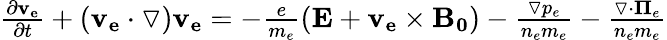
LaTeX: \begin{array}{r}{\frac{\partial\mathbf{v_{e}}}{\partial t}+(\mathbf{v_{e}}\cdot\triangledown)\mathbf{v_{e}}=-\frac{e}{m_{e}}(\mathbf{E}+\mathbf{v_{e}}\times\mathbf{B_{0}})-\frac{\triangledown p_{e}}{n_{e}m_{e}}-\frac{\triangledown\cdot{\mathbf\Pi_{e}}}{n_{e}m_{e}}}\end{array}